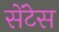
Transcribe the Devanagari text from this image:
सेंटेस